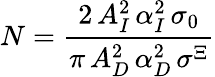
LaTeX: N=\frac{2\, A_{I}^{2}\, \alpha_{I}^{2}\, \sigma_{0}}{\pi\, A_{D}^{2}\, \alpha_{D}^{2}\, \sigma^{\Xi}}